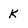
Character: k